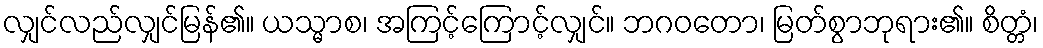
လျှင်လည်လျှင်မြန်၏။ ယသ္မာစ၊ အကြင့်ကြောင့်လျှင်။ ဘဂဝတော၊ မြတ်စွာဘုရား၏။ စိတ္တံ၊